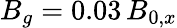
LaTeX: B_{g}=0.03\, B_{0,x}